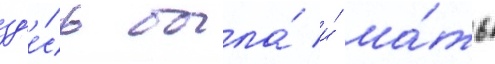
зд'е́сь была́ и́ ма́ть